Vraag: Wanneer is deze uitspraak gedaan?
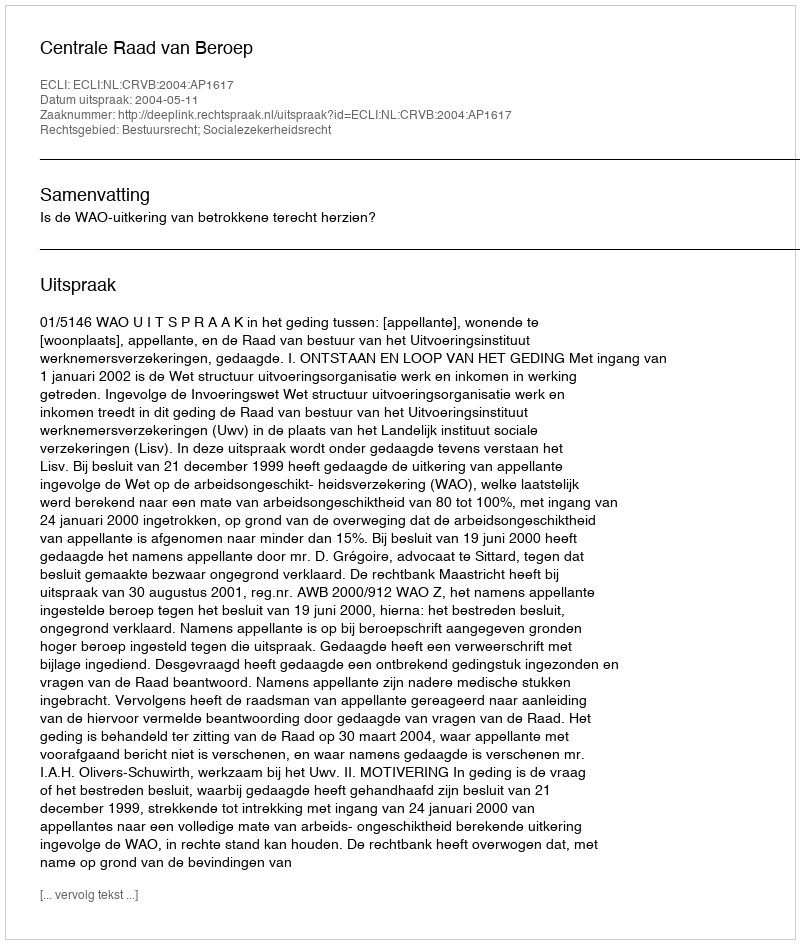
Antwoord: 2004-05-11